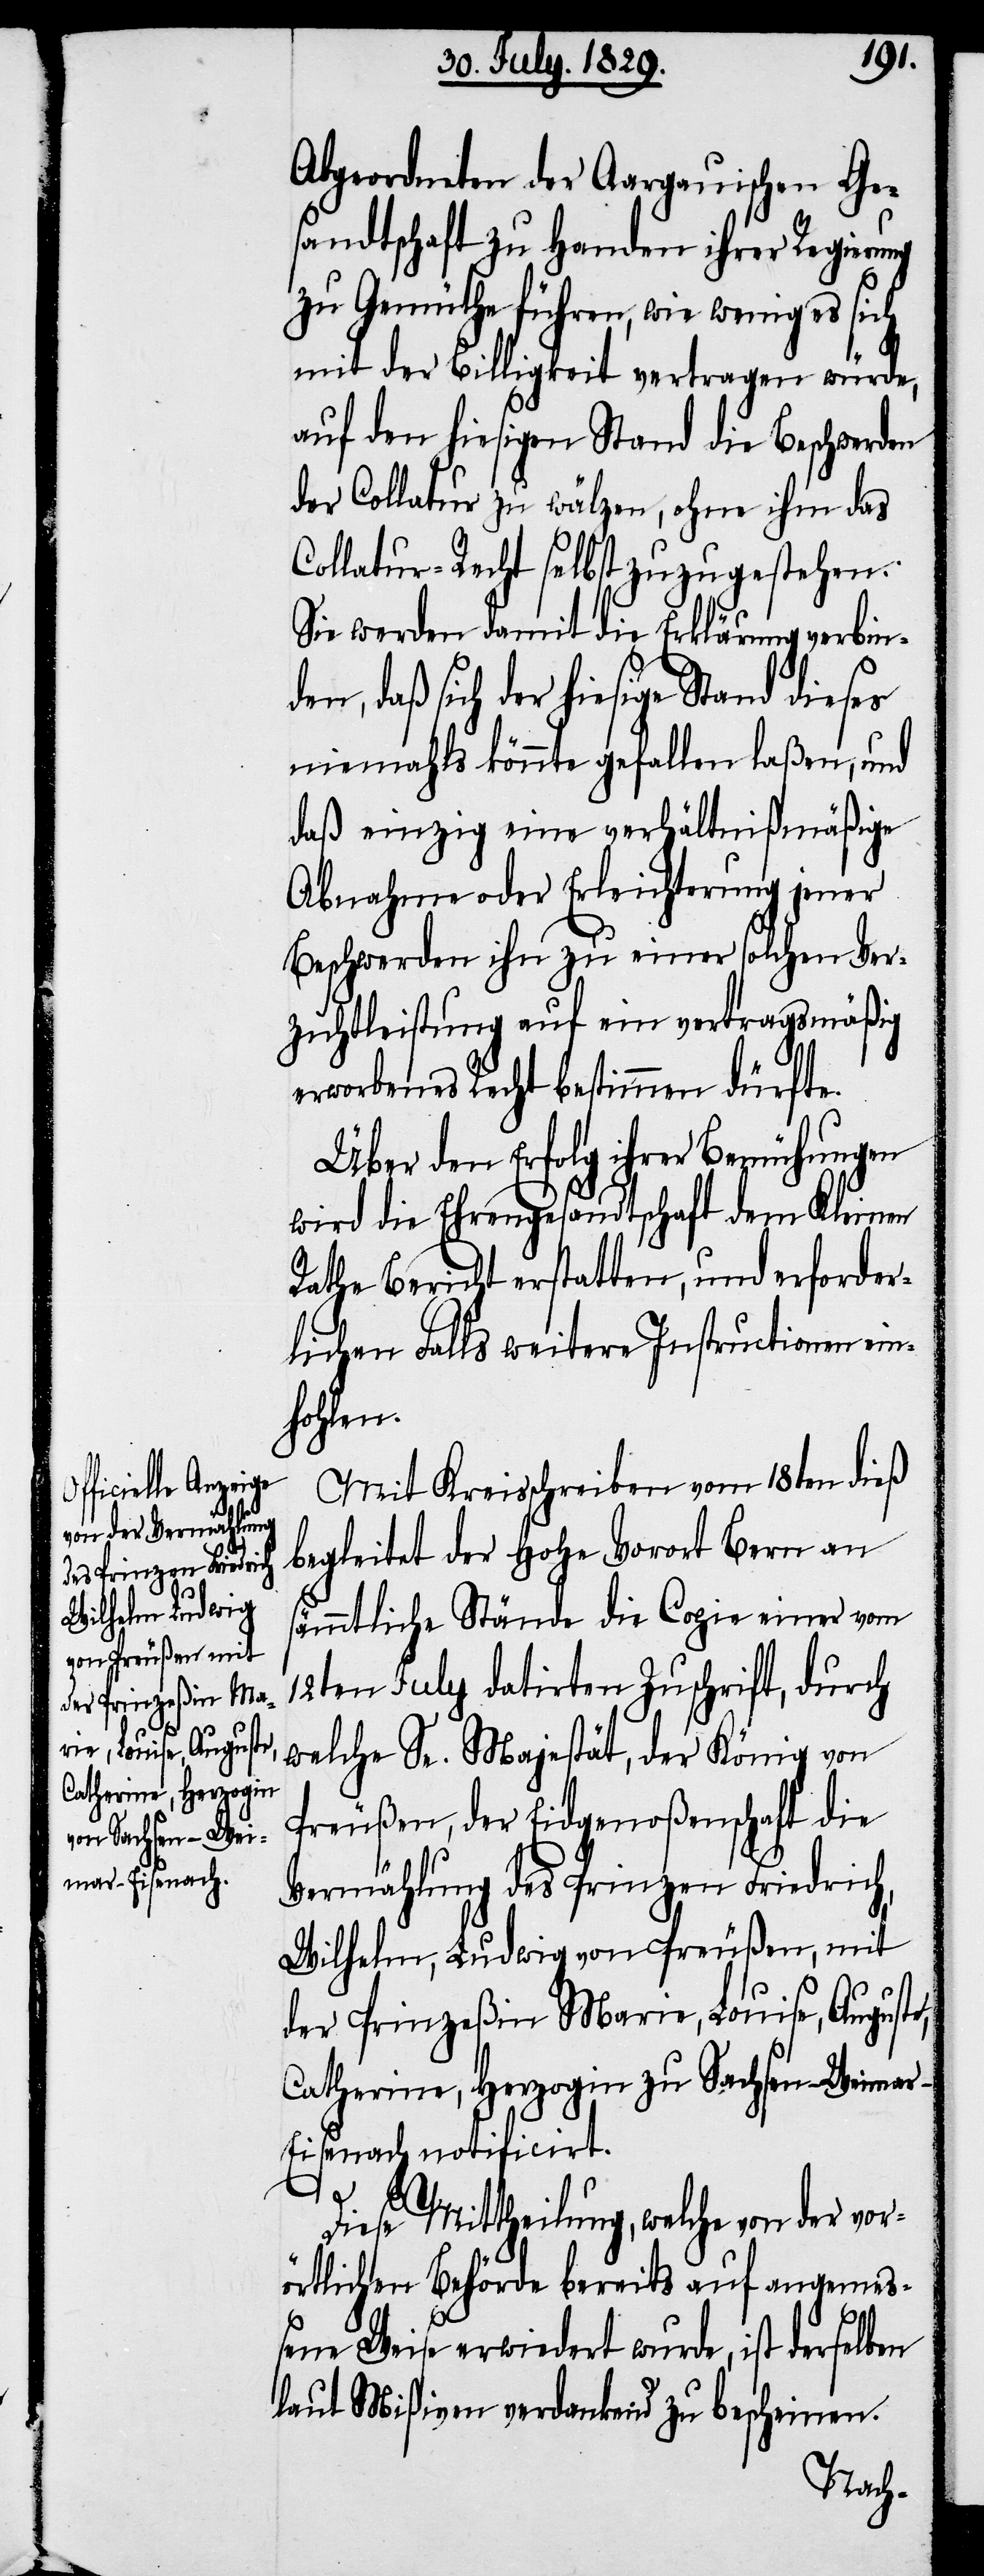
Abgeordneten der Aargauischen Ge¬
sandtschaft zu Handen ihrer Regierung
zu Gemüthe führen, wie wenig es sich
mit der Billigkeit vertragen würde,
auf den hiesigen Stand die Beschwerden
der Collatur zu wälzen, ohne ihm das
Collatur-Recht selbst zuzugestehen.
Sie werden damit die Erklärung verbin¬
daß sich der hiesige Stand dieses
niemahls könnte gefallen laßen, und
daß einzig eine verhältnißmäßige
Abnahme oder Erleichterung jener
Beschwerden ihn zu einer solchen Ver¬
zichtleistung auf ein vertragsmäßig
erworbenes Recht bestimmen dürfte.
Über den Erfolg ihrer Bemühungen
wird die Ehrengesandtschaft dem Kleinen
Rathe Bericht erstatten, und erforder¬
lichen Falls weitere Instructionen ein¬
hohlen.
Mit Kreisschreiben vom 18ten dieß
begleitet der Hohe Vorort Bern an
sämmtliche Stände die Copie einer vom
12ten July datirten Zuschrift, durch
welche Se. Majestät, der König von
Preußen, der Eidgenoßenschaft die
Vermählung des Prinzen Friedrich,
Wilhelm, Ludwig von Preußen, mit
der Prinzeßin Marie, Louise, Auguste,
Catherine, Herzogin zu Sachsen-Weima¬
r-Eisenach notificirt.
Diese Mittheilung, welche von der vor¬
örtlichen Behörde bereits auf angemeß¬
den,
ene Weise erwiedert wurde, ist derselben
laut Mißiven verdankend zu bescheinen.